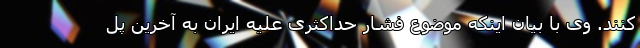
کنند. وی با بیان اینکه موضوع فشار حداکثری علیه ایران به ‌آخرین پل